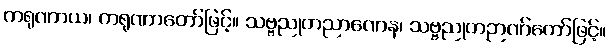
ကရုဏာယ၊ ကရုဏာတော်ဖြင့်။ သဗ္ဗညုတညာဏေန၊ သဗ္ဗညုတဉာဏ်တော်ဖြင့်။